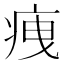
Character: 𤵺